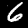
Digit: 6